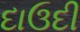
દાઉદી